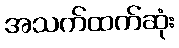
အသက်ထက်ဆုံး